Leaving Certificate Examination, 1916
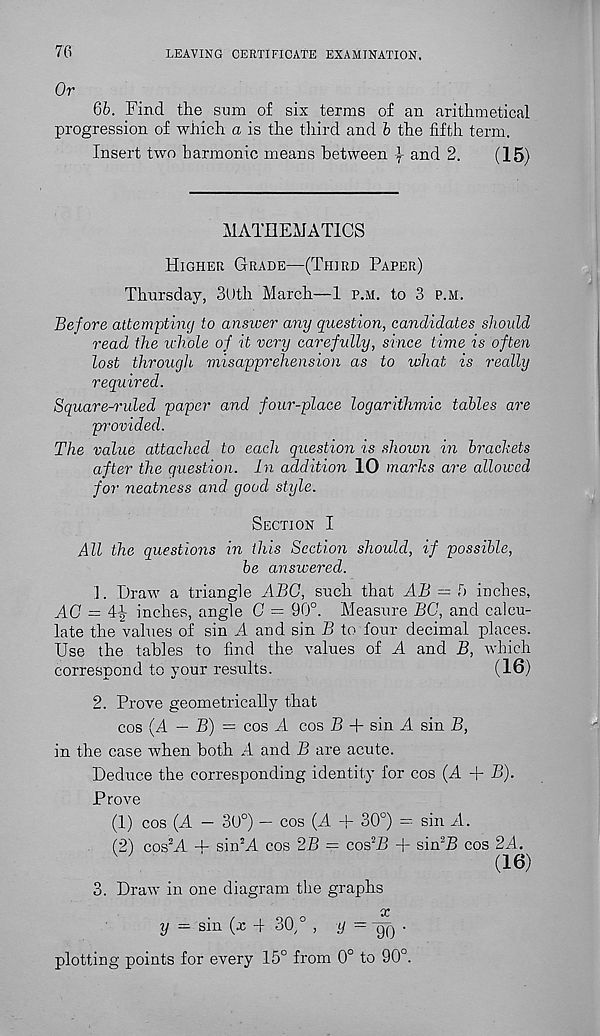
70
LEAVING CERTIFICATE EXAMINATION.
Or
66. Find the sum of six terms of an arithmetical
progression of which a is the third and 6 the fifth term.
Insert two harmonic means between | and 2.
(15)
MATHEMATICS
Higher Grade—(Third Paper)
Thursday, 3Uth March—1 p.m. to 3 p.m.
Before attempting to answer any question, candidates should
read the whole of it very carefully, since time is often
lost through misapprehension as to what is really
required.
Square-ruled paper and four-place logarithmic tables are
provided.
The value attached to each question is shown in brackets
after the question. In addition 10 marks are allowed
for neatness and good style.
Section I
All the questions in this Section should, if possible,
be answered.
1. Draw a triangle ABC, such that AB = 5 inches,
AG = 4-|- inches, angle G = 90°. Measure BG, and calcu-
late the values of sin A and sin B to four decimal places.
Use the tables to find the values of A and B, which
correspond to your results.
(16)
2. Prove geometrically that
cos (A — B) = cos A cos B + sin A sin B,
in the case when both A and B are acute.
Deduce the corresponding identity for cos (A + B).
Prove
(1) cos (A - 3U°) — cos (A + 30°) = sin A.
(2) cos 2 A + sin 2 A cos 2B = cos 2 B + sin 2 B cos 2A.
(16)
3. Draw in one diagram the graphs
'X
y — sin (x -f 30/ , y = -qq .
plotting points for every 15° from 0° to 90°.